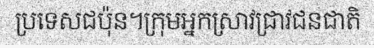
ប្រទេសជប៉ុន។ក្រុមអ្នកស្រាវជ្រាវជនជាតិ